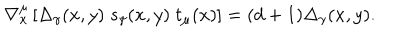
\nabla _ { x } ^ { \mu } \left[ \Delta _ { \gamma } ( x , y ) \; s _ { \gamma } ( x , y ) \; t _ { \mu } ( x ) \right] = ( d + 1 ) \Delta _ { \gamma } ( x , y ) .